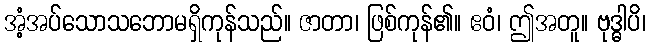
အံ့အပ်သောသဘောမရှိကုန်သည်။ ဇာတာ၊ ဖြစ်ကုန်၏။ ဧဝံ၊ ဤအတူ။ ဗုဒ္ဓါပိ၊